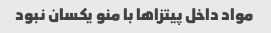
مواد داخل پیتزا‌ها با منو یکسان نبود